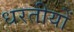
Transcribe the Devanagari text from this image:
धरतीयों